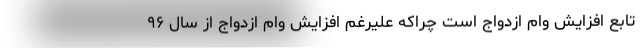
تابع افزایش وام ازدواج است چراکه علیرغم افزایش وام ازدواج از سال ۹۶